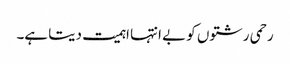
رحمی رشتوں کو بے انتہا اہمیت دیتا ہے۔